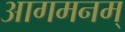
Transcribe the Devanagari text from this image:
आगमनम्